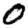
Digit: 0